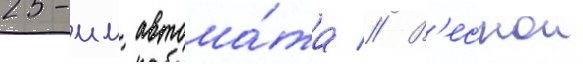
25-мм автома́та // В'еснои